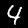
Digit: 4